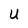
Character: U